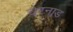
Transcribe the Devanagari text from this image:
चेरनाड